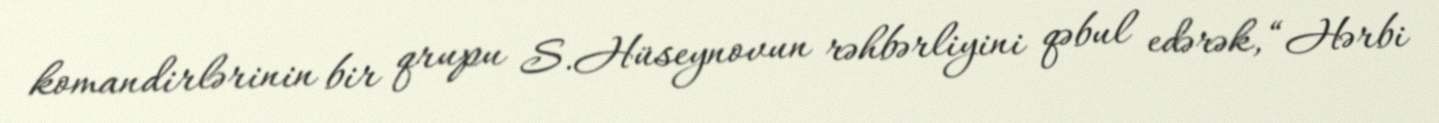
komandirlərinin bir qrupu S.Hüseynovun rəhbərliyini qəbul edərək, “Hərbi